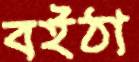
বইঠা